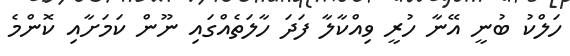
ހަލްކު ބުނީ އޭނާ ހުރީ ވިއްކާލާ ފަދަ ހާލަތެއްގައި ނޫން ކަމަށާއި ކޮންމެ